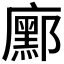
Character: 𭚆